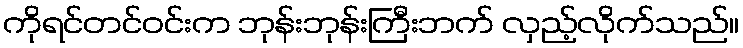
ကိုရင်တင်ဝင်းက ဘုန်းဘုန်းကြီးဘက် လှည့်လိုက်သည်။